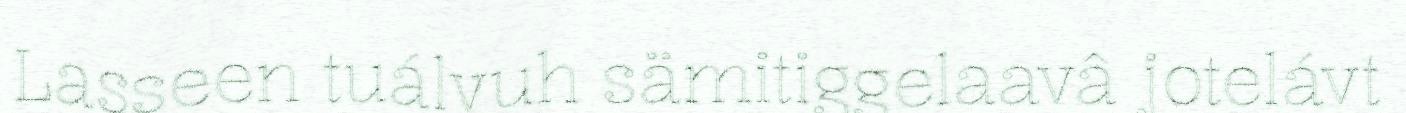
Lasseen tuálvuh sämitiggelaavâ jotelávt